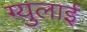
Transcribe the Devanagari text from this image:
ग्युलाई